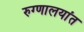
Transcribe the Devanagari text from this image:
रुग्णालयांत